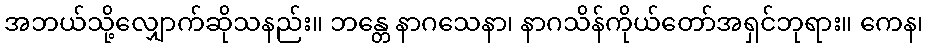
အဘယ်သို့လျှောက်ဆိုသနည်း။ ဘန္တေ နာဂသေနာ၊ နာဂသိန်ကိုယ်တော်အရှင်ဘုရား။ ကေန၊